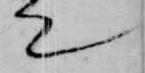
て